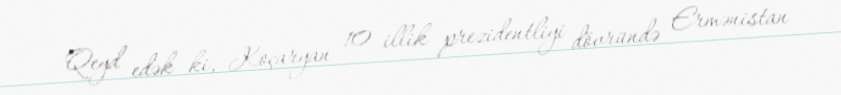
Qeyd edək ki, Koçaryan 10 illik prezidentliyi dövründə Ermənistan